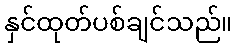
နှင်ထုတ်ပစ်ချင်သည်။